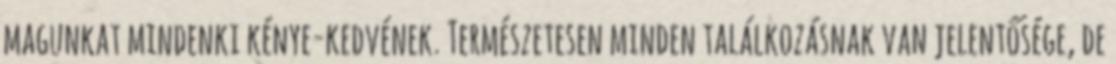
magunkat mindenki kénye-kedvének. Természetesen minden találkozásnak van jelentősége, de